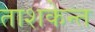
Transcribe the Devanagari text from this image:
ताशकेन्त